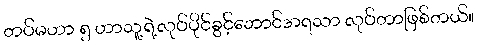
တပ်မဟာ ၅ ဟာသူ့ရဲ့လုပ်ပိုင်ခွင့်ဘောင်အရသာ လုပ်တာဖြစ်တယ်။